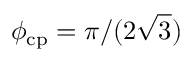
\phi _ { \mathrm { c p } } = \pi / ( 2 \sqrt { 3 } )